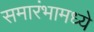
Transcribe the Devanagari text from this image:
समारंभामध्ये